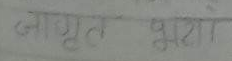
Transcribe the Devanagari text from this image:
जागृत भारा